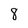
Character: 8